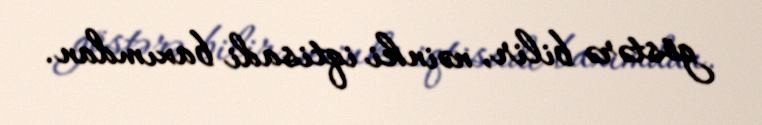
göstərə bilir, nəinki iqtisadi baxımdan.